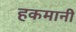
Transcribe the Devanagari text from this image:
हकमानी